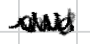
Text: and
Cross-out: zig-zag
Writing tool: digital_black